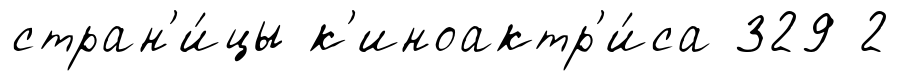
стран'и́цы к'иноактр'и́са 329 2